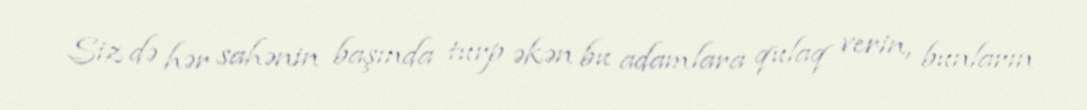
Siz də hər sahənin başında turp əkən bu adamlara qulaq verin, bunların